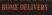
home